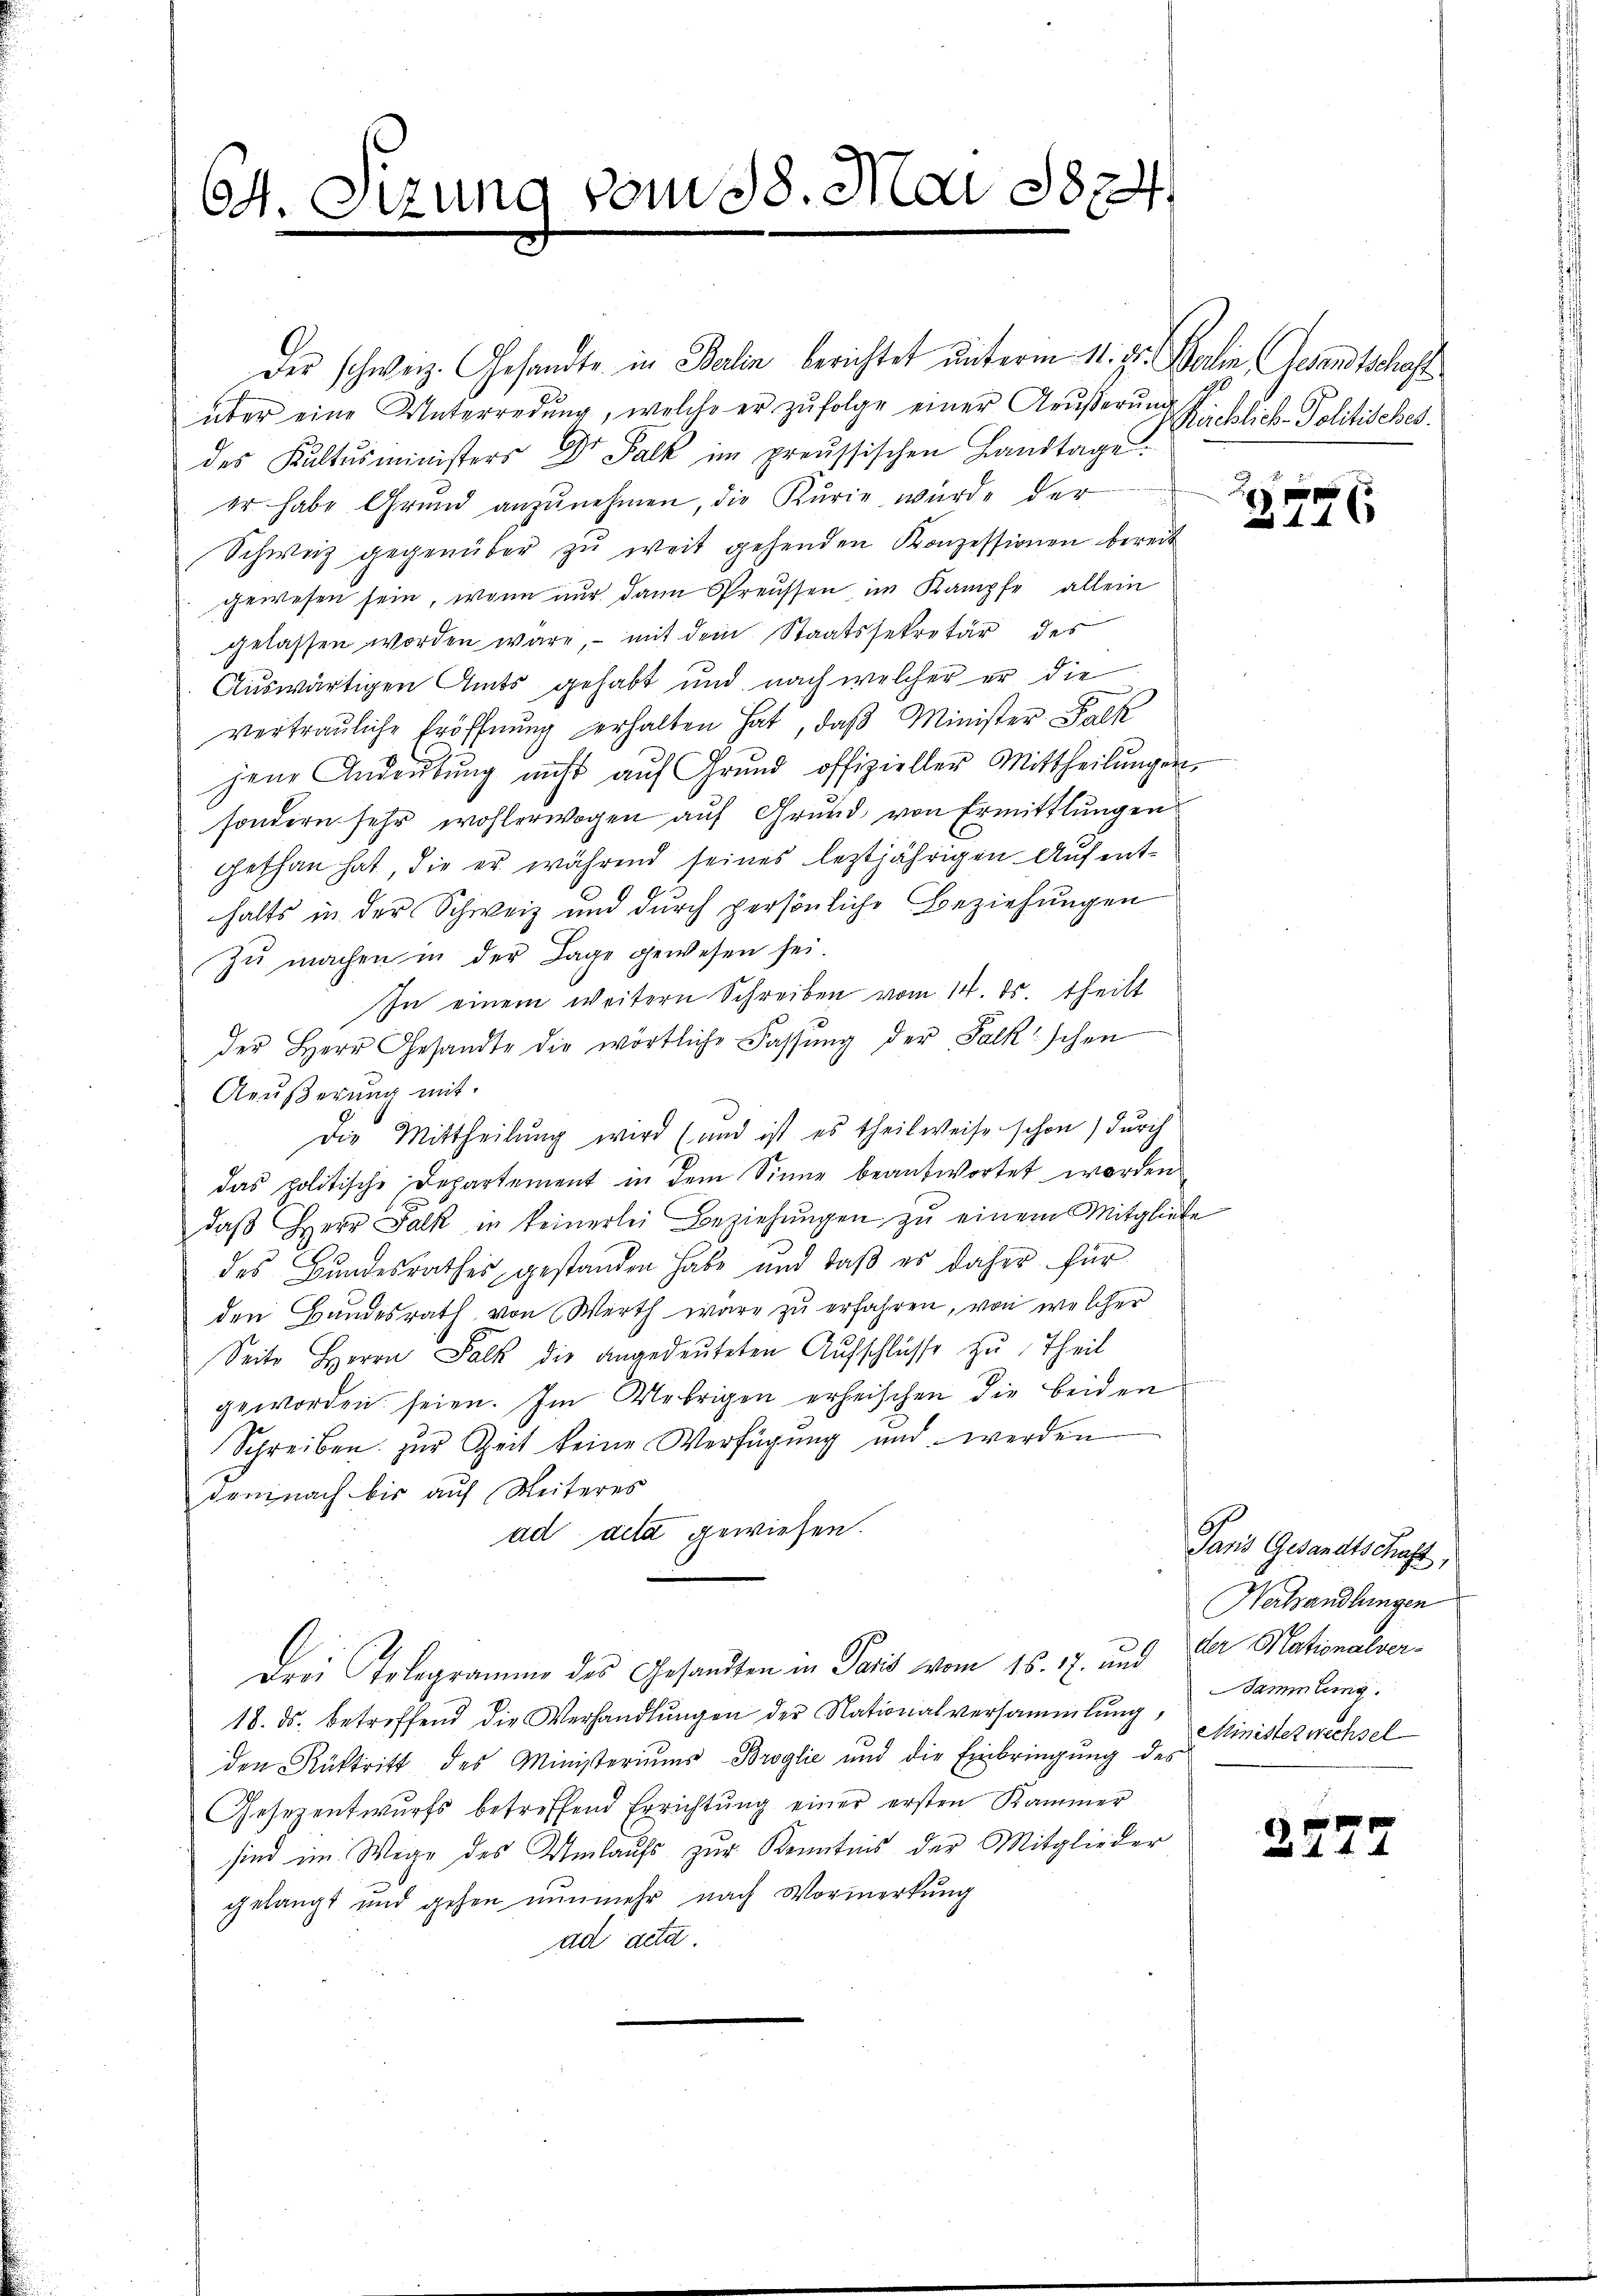
64. Sizung vom 28. Mai 1874.

Der schweiz. Gesandte in Balin berichtet unterm 11. ds. Marlin Gesandtschaff
über eine Unterredung, welche er zŭfolge einer Aeußerung
des Kultusministers Dr Palk im preussischen Landtage
er habe Grund anzŭnehmen, die Kurie wurde der
Schweiz gegenüber zu weit gehenden Konzessionen bereit
gewesen sein, wenn nur dann Preussen, im Kampfe allein
gelassen worden wäre, mit dem Staatssekretär des
Auswärtigen Amts gehabt und nach welcher er die
vertrauliche Eröffnung erhalten hat, daβ Minister Falk
jene Andeutung nicht aŭf Grŭnd offizieller Mittheilŭngen
sondern sehr wohlerwogen auf Grund, von Ermittlungen
gethan hat, die er während seines leztjährigen Aufenthalts in der Schweiz und durch persönliche Beziehungen
zŭ machen in der Lage gewesen sei.
In einem weitern Schreiben vom 14. ds. theilt
der Herr Gesandte die wörtliche Fassŭng der Falk'schen
Aeußerung mit
Die Mittheilung wird (und ist es theilweise schon durch
das politische Departement in dem Sinne beantwortet worden
daβ Herr Falk in keinerlei Beziehŭngen zŭ einem Mitgliebe
des Bundesrathes gestanden habe und daß es daher für
den Handesrath von Werth wäre zu erfahren, von welcher
Seite Herrn Falk die angedeŭteten Aŭfschlüsse zu Theil
geworden seien. Im Uebrigen erheischen die beiden
Schreiben zur Zeit keine Verfügung und werden
demnach bis auf Weiteres
ad acta gewiesen.
Drei Telegramme des Gesandten in Paris vom 16. 17. und der Mationalver¬
18. ds. betreffend die Verhandlŭngen der Nationalversammlung,
den Rücktritt des Ministeriums Broglie und die Einbringung des
Gesezentwurfs betreffend Errichtŭng einer ersten Kammer
sind im Wege des Umlaufs zur Kenntnis der Mitglieder
gelangt und gehen nunmehr nach Vormerkŭng
ad acta.

Rürcklich-Politisches.

746

Jans Gesandtschaft,
Nerhandlungen
Sammlung.
Ministerwechsel

A